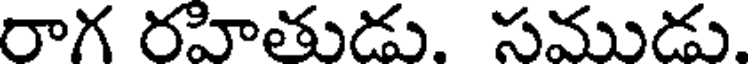
రాగ రహితుడు. సముడు.